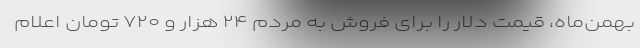
بهمن‌ماه، قیمت دلار را برای فروش به مردم ۲۴ هزار و ۷۲۰ تومان اعلام